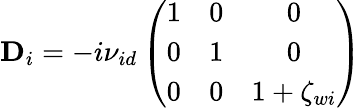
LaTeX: \mathbf{D}_{i}=-i{\nu_{id}}\left(\begin{array}{ccc}{1}&{0}&{0}\\ {0}&{1}&{0}\\ {0}&{0}&{1+\zeta_{wi}}\end{array}\right)